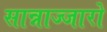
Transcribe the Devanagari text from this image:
सान्नाज्जारो